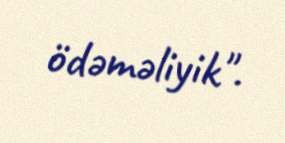
ödəməliyik".